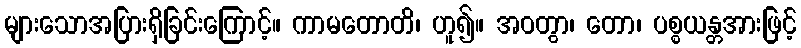
များသောအပြားရှိခြင်းကြောင့်။ ကာမတောတိ၊ ဟူ၍။ အဝတွာ၊ တော၊ ပစ္စယန္တအားဖြင့်